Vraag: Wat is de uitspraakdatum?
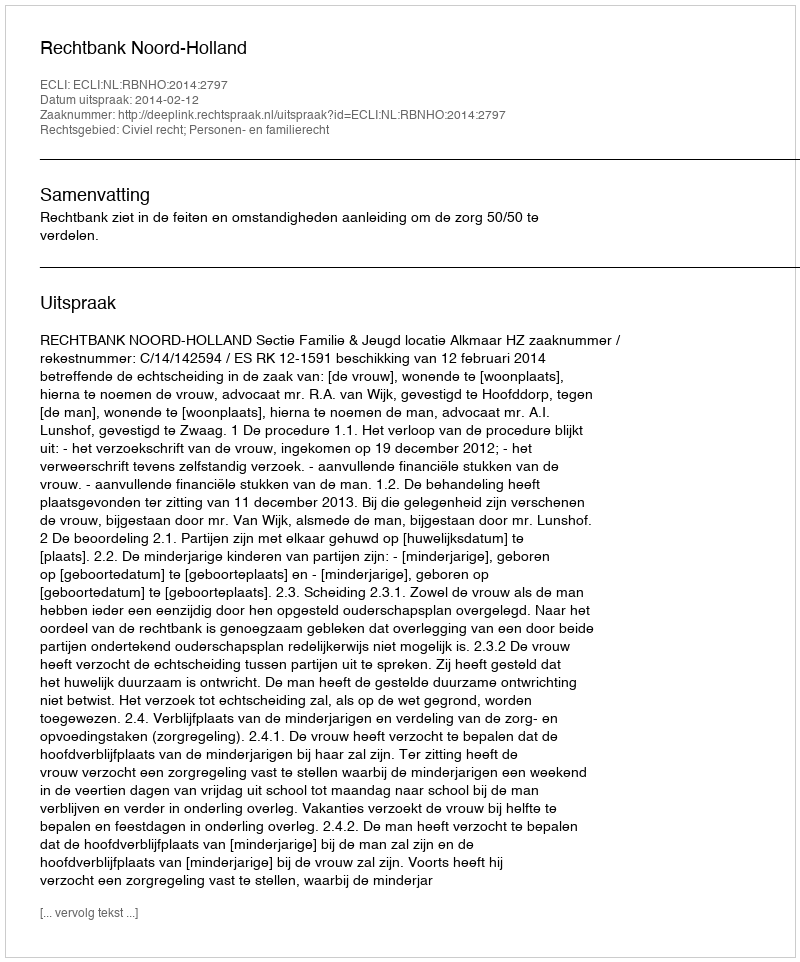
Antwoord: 2014-02-12